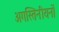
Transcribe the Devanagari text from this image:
अगस्तिनीयनों